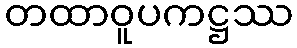
တထာဝူပကဋ္ဌဿ